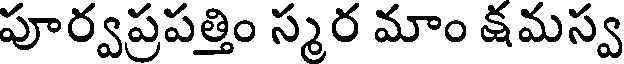
పూర్వప్రపత్తిం స్మర మాం క్షమస్వ